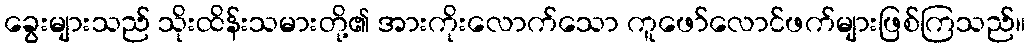
ခွေးများသည် သိုးထိန်းသမားတို့၏ အားကိုးလောက်သော ကူဖော်လောင်ဖက်များဖြစ်ကြသည်။